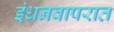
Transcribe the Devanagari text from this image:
इंधनवापरात